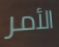
الأمر